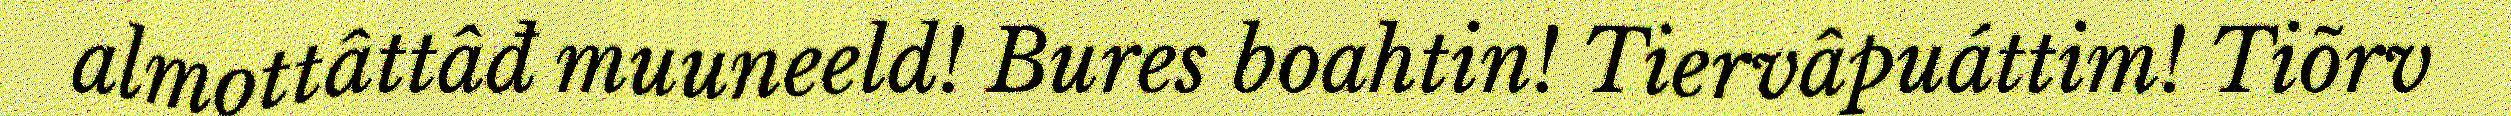
almottâttâđ muuneeld! Bures boahtin! Tiervâpuáttim! Tiõrv